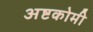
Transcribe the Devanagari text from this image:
अष्टकोमी